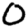
Digit: 0